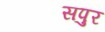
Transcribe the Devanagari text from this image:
सपुर